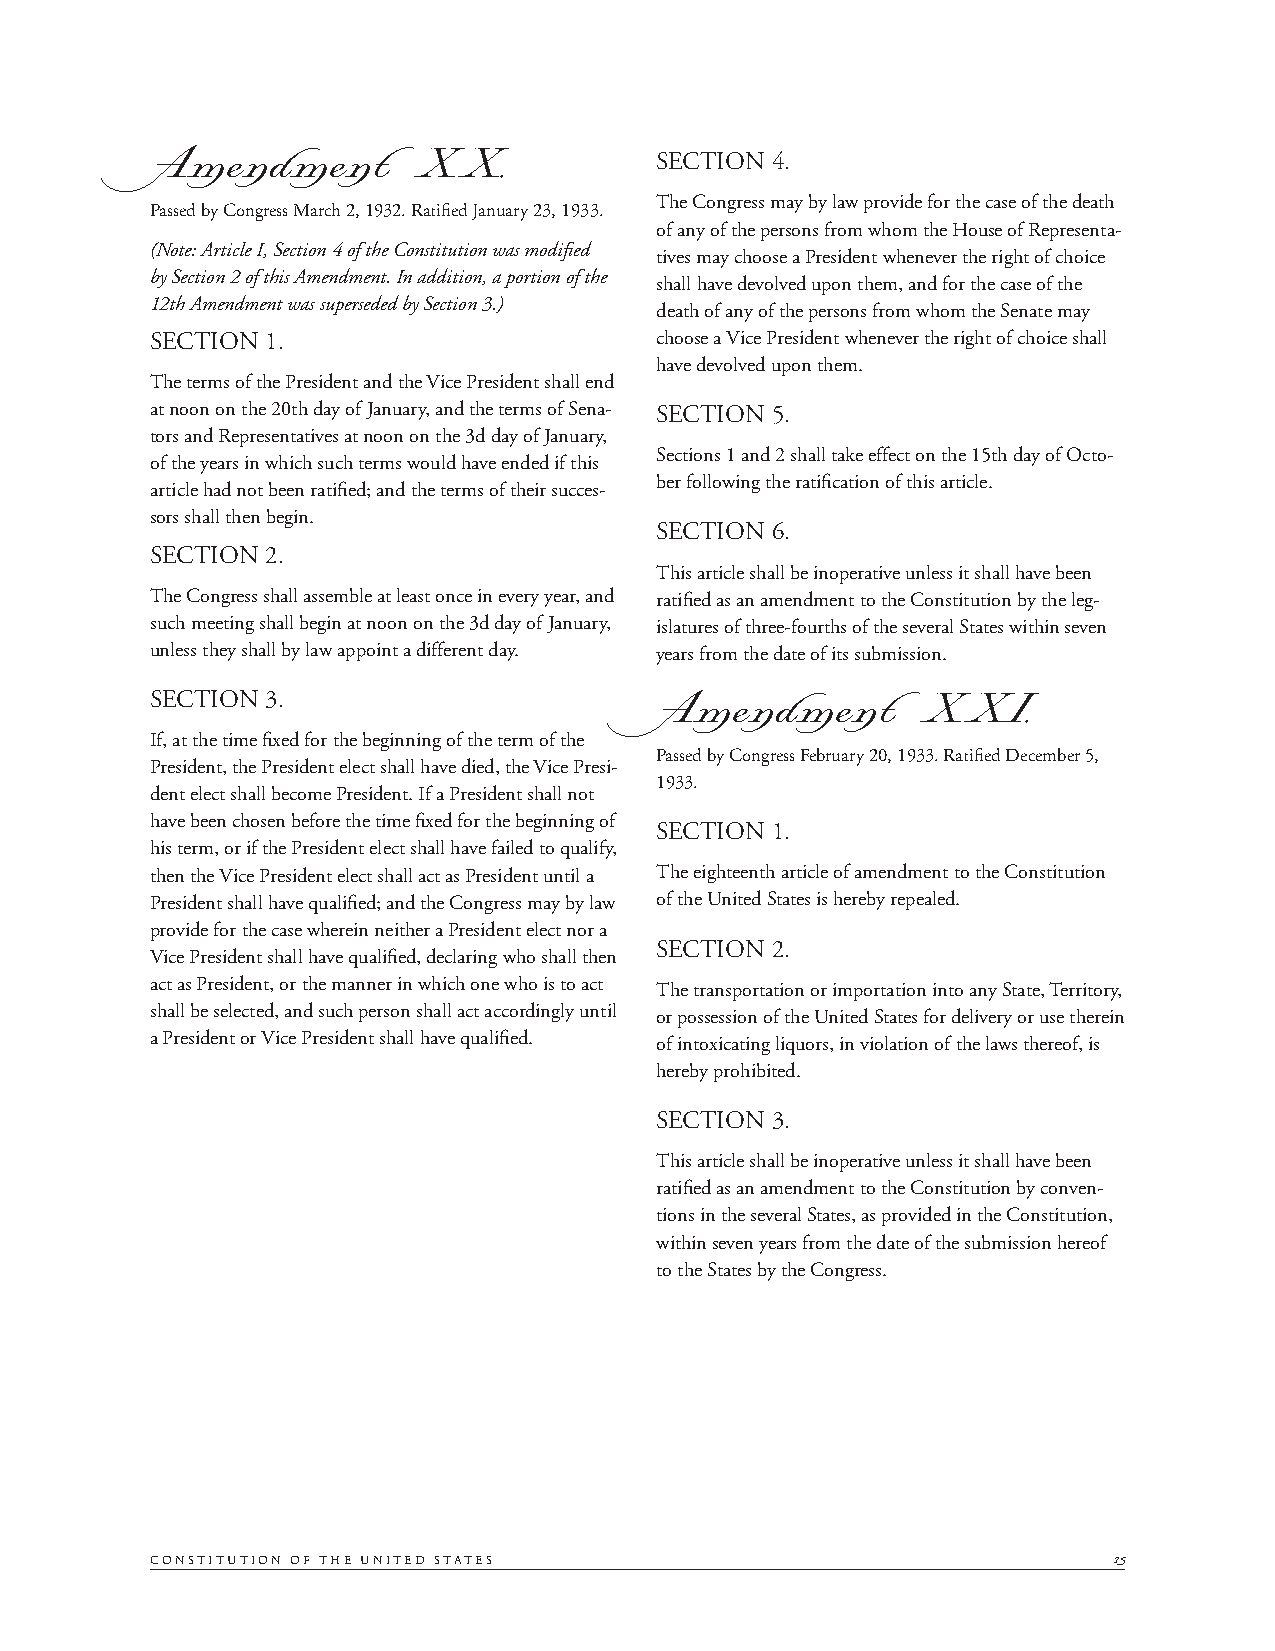
SECTION 4.
 AmendmentXX.
 The Congress may by law provide for the case of the death
 Passed by Congress March 2, 1932. Ratifi ed January 23, 1933.
 of any of the persons from whom the House of Representa-
 (Note: Article I, Section 4 of the Constitution was modifi ed
 tives may choose a President whenever the right of choice
 by Section 2 of this Amendment. In addition, a portion of the
 shall have devolved upon them, and for the case of the
 12th Amendment was superseded by Section 3.)
 death of any of the persons from whom the Senate may
 SECTION 1.                       choose a Vice President whenever the right of choice shall
 have devolved upon them.
 The terms of the President and the Vice President shall end
 at noon on the 20th day of January, and the terms of Sena- SECTION 5.
 tors and Representatives at noon on the 3d day of January,
 Sections 1 and 2 shall take effect on the 15th day of Octo-
 of the years in which such terms would have ended if this
 ber following the ratifi cation of this article.
 article had not been ratifi ed; and the terms of their succes-
 sors shall then begin.
 SECTION 6.
 SECTION 2.
 This article shall be inoperative unless it shall have been
 The Congress shall assemble at least once in every year, and ratifi ed as an amendment to the Constitution by the leg-
 such meeting shall begin at noon on the 3d day of January, islatures of three-fourths of the several States within seven
 unless they shall by law appoint a different day. years from the date of its submission.
 SECTION 3.
 AmendmentXXI.
 If, at the time fi xed for the beginning of the term of the
 Passed by Congress February 20, 1933. Ratifi ed December 5,
 President, the President elect shall have died, the Vice Presi-
 1933.
 dent elect shall become President. If a President shall not
 have been chosen before the time fi xed for the beginning of
 SECTION 1.
 his term, or if the President elect shall have failed to qualify,
 then the Vice President elect shall act as President until a The eighteenth article of amendment to the Constitution
 President shall have qualifi ed; and the Congress may by law of the United States is hereby repealed.
 provide for the case wherein neither a President elect nor a
 SECTION 2.
 Vice President shall have qualifi ed, declaring who shall then
 act as President, or the manner in which one who is to act The transportation or importation into any State, Territory,
 shall be selected, and such person shall act accordingly until or possession of the United States for delivery or use therein
 a President or Vice President shall have qualifi ed. of intoxicating liquors, in violation of the laws thereof, is
 hereby prohibited.
 SECTION 3.
 This article shall be inoperative unless it shall have been
 ratifi ed as an amendment to the Constitution by conven-
 tions in the several States, as provided in the Constitution,
 within seven years from the date of the submission hereof
 to the States by the Congress.
 CONSTITUTION OF THE UNITED STATES                               15